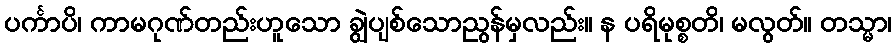
ပင်္ကာပိ၊ ကာမဂုဏ်တည်းဟူသော ချွဲပျစ်သောညွန်မှလည်း။ န ပရိမုစ္စတိ၊ မလွတ်။ တသ္မာ၊